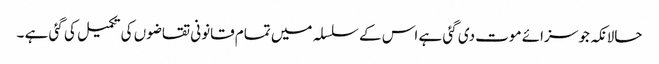
حالانکہ جو سزائے موت دی گئی ہے اس کے سلسلہ میں تمام قانونی تقاضوں کی تکمیل کی گئی ہے ۔